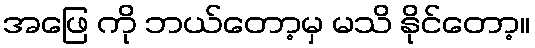
အဖြေ ကို ဘယ်တော့မှ မသိ နိုင်တော့။